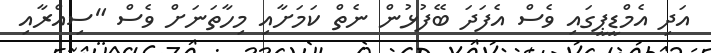
އަދިި އެމްޑީޕީގައި ވެސް އެފަދަ ބޭފުޅުން ނެތް ކަމަށާއި މިހާތަނަށް ވެސް "ސިއްރާއި